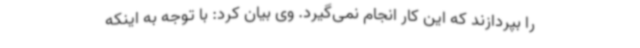
را بپردازند که این کار انجام نمی‌گیرد. وی بیان کرد: با توجه به اینکه